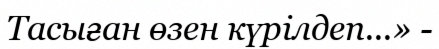
Тасыған өзен күрілдеп...» -